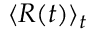
\langle R ( t ) \rangle _ { t }